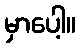
မှာပေါ့။